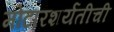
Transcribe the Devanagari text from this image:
मोटारशर्यतीची